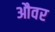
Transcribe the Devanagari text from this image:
औवर